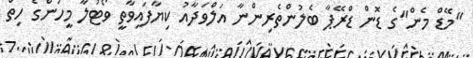
"މޭޑް މެން"ގެ ޑޮން ޑްރޭޕާ ބެލުންތެރިންނާ އަލްވަދާއު ކިޔާފައިވާތީ ވޯޓުލާ މީހުންގެ ހިތް